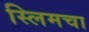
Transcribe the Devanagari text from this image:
स्लिमचा